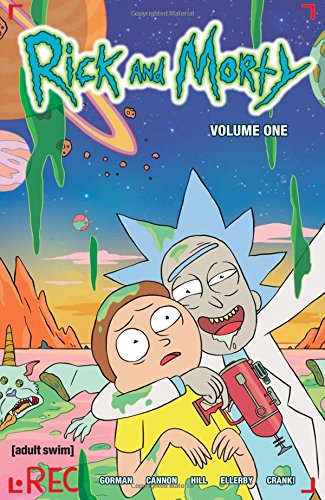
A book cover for Rick and Morty Volume 1 (Rick & Morty Tp); Zac Gorman; Comics & Graphic Novels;